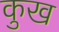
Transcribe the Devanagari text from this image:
कुख